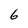
Character: 6